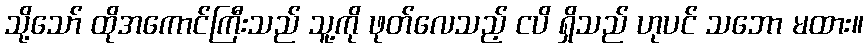
သို့သော် ထိုအကောင်ကြီးသည် သူ့ကို ဖုတ်လေသည့် ငပိ ရှိသည် ဟုပင် သဘော မထား။